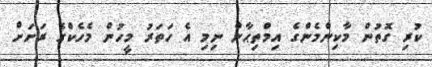
ކުރި ގޮތުން މާކިންމެންގެ އިމްތިޙާން ނިމި އެ ހަތަރު މީހުން މެހެކްގެ ރަށަށް